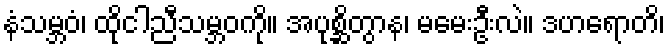
နံသမ္ဘဝံ၊ ထိုငါညီသမ္ဘဝကို။ အပုစ္ဆိတွာန၊ မမေးဦးလဲ။ ဒဟရောတိ၊